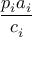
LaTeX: \frac { p _ { i } a _ { i } } { c _ { i } }